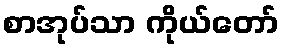
စာအုပ်သာ ကိုယ်တော်